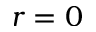
r = 0